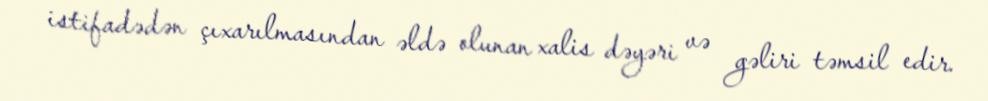
istifadədən çıxarılmasından əldə olunan xalis dəyəri və gəliri təmsil edir.